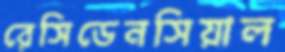
রেসিডেনসিয়াল